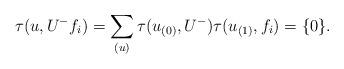
LaTeX: \begin{align*}\tau(u,U^-f_i)=\sum_{(u)}\tau(u_{(0)},U^-)\tau(u_{(1)},f_i)=\{0\}.\end{align*}